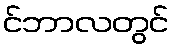
င်ဘာလတွင်